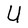
Character: U